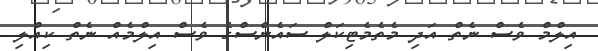
އިލްމް ވެސް ނެތް އަދި މެތެމެޓިކަލް ސައެންސްގެ ވެސް އިލްމެއް ނެތް ކިއްލި